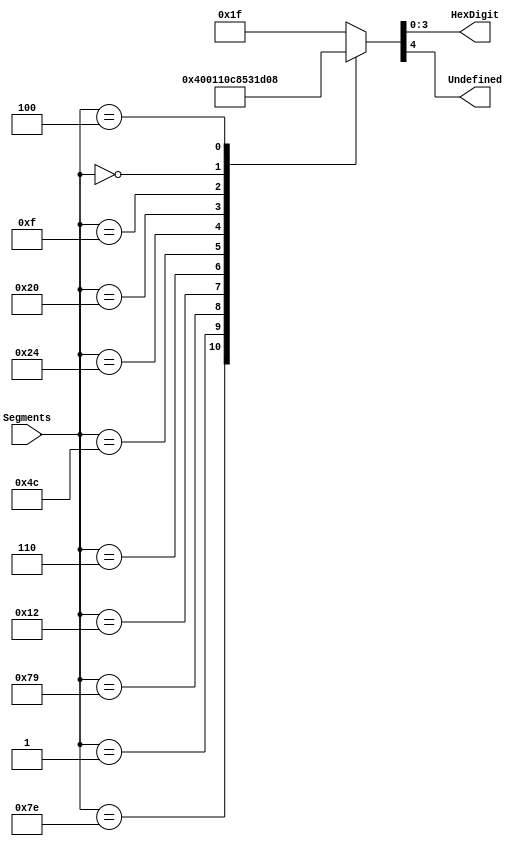
`timescale 1ns / 1ps
`ifndef LIB_STYCZYNSKI_SEGMENT_LED_HEX_ENCODER_V
`define LIB_STYCZYNSKI_SEGMENT_LED_HEX_ENCODER_V


/*
 * Piotr Styczyski @styczynski
 * Verilog Components Library
 *
 * 8-segment led hex encoder
 * 
 *
 * MIT License
 */
module SegmentLedHexEncoder
(
    input [6:0] Segments,
    output reg [3:0] HexDigit,
    output reg Undefined
);
    always @(*)
    begin
        case (Segments)
            7'b111_1110: { Undefined, HexDigit } = 5'b10000;
            7'b000_0001: { Undefined, HexDigit } = 0;
            7'b111_1001: { Undefined, HexDigit } = 1;
            7'b001_0010: { Undefined, HexDigit } = 2;
            7'b000_0110: { Undefined, HexDigit } = 3;
            7'b100_1100: { Undefined, HexDigit } = 4;
            7'b010_0100: { Undefined, HexDigit } = 5;
            7'b010_0000: { Undefined, HexDigit } = 6;
            7'b000_1111: { Undefined, HexDigit } = 7;
            7'b000_0000: { Undefined, HexDigit } = 8;
            7'b000_0100: { Undefined, HexDigit } = 9;
            default: { Undefined, HexDigit } = 5'b11111;
        endcase
    end
endmodule

`endif